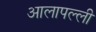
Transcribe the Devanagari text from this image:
आलापल्ली